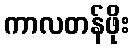
ကာလတန်ဖိုး